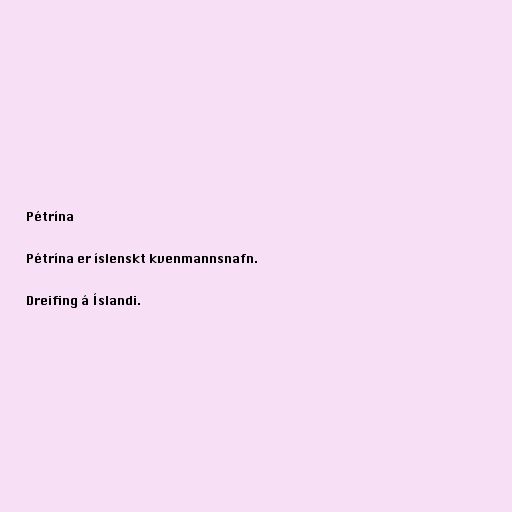
Pétrína

Pétrína er íslenskt kvenmannsnafn.

Dreifing á Íslandi.